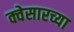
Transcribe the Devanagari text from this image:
क्वेसारच्या